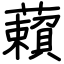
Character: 藾